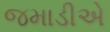
જમાડીએ